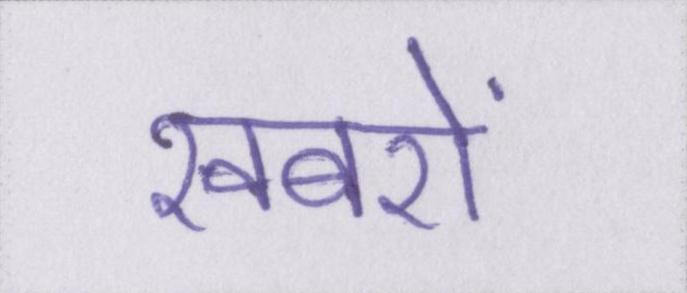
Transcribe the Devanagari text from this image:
खबरों